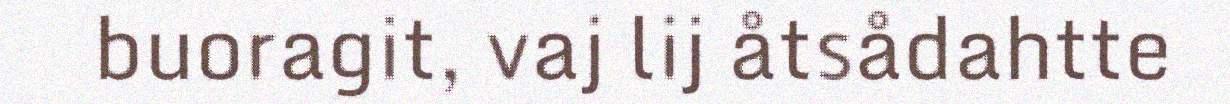
buoragit, vaj lij åtsådahtte